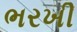
ભરખી